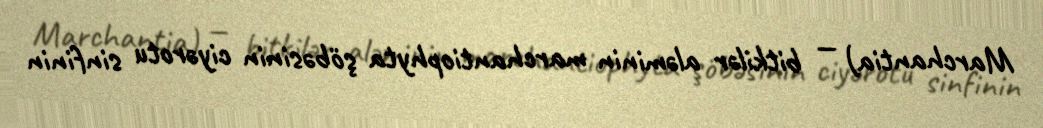
Marchantia) — bitkilər aləminin marchantiophyta şöbəsinin ciyərotu sinfinin